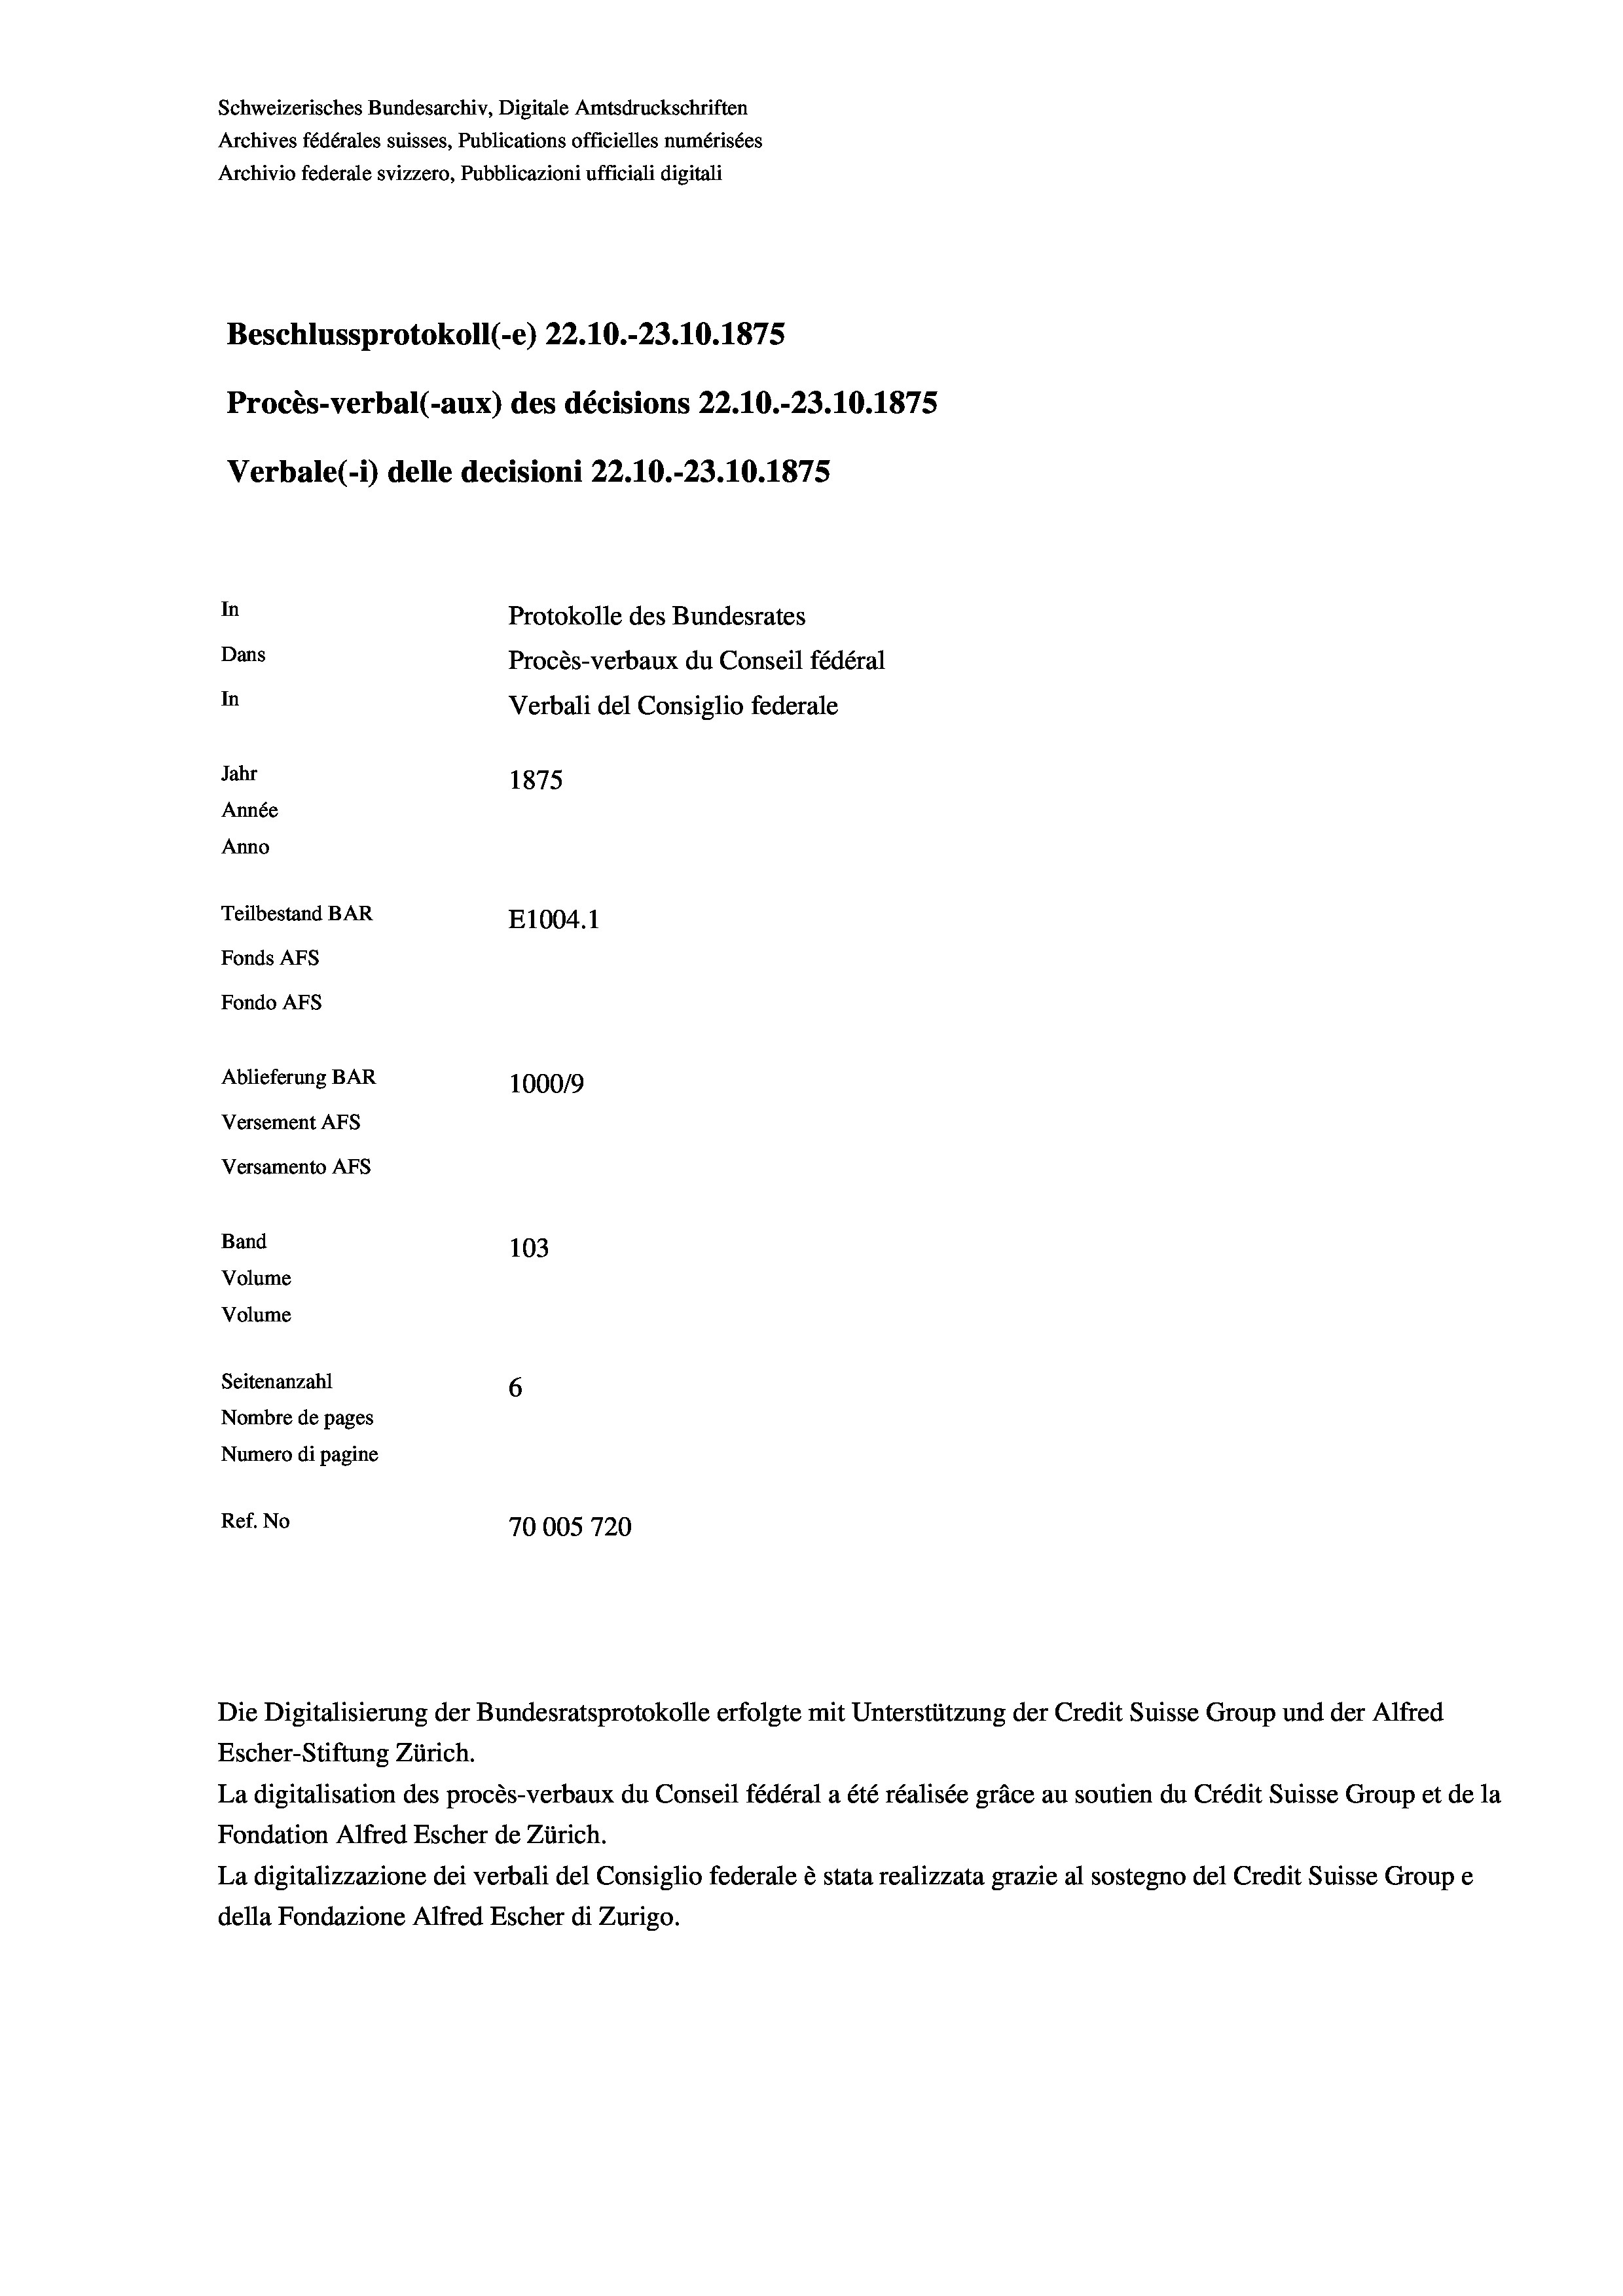
Schweizerisches Bundesarchiv, Digitale Amtsdruckschriften
Archives fédérales suisses, Publications officielles numérisées
Archivio federale svizzero, Pubblicazioni ufficiali digitali
Beschlussprotokoll (-e) 22.10.-23.10.1875
Procès-verbal (-aux) des décisions 22.10.-23.10.1875
Verbale(*) delle decisioni 22.10.-23.10.1875
In
Protokolle des Bundesrates
Dans
Procès-verbaux du Conseil fédéral
In
Verbali del Consiglio federale
Jahr
1875
Année
Anno
Teilbestand BAR
E1004. 1
Fonds AFs
Fondo AFS
Ablieferung BAR
100019
Versement AFs
Versamento Afs
Band
103
Volume
Volume

Seitenanzahl
6
Nombre de pages
Numero di pagine
Ref. No
70005720

Die Digitalisierung der Bundesratsprotokolle erfolgte mit Unterstützung der Credit Suisse Group und der Alfred
Escher-Stiftung Zürich.
La digitalisation des procès-verbaux du Conseil fédéral a été réalisée gräce au soutien du Crédit Suisse Group et de la
Fondation Alfred Escher de Zürich.
La digitalizzazione dei verbali del Consiglio federale è stata realizzata grazie al sostegno del Credit Suisse Groupe
della Fondazione Alfred Escher di Zurigo.